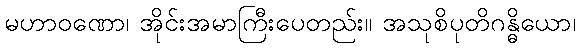
မဟာဝဏော၊ အိုင်းအမာကြီးပေတည်း။ အသုစိပုတိဂန္ဓိယော၊